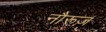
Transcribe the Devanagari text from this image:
नौरूज़